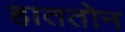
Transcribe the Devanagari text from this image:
हाततोन